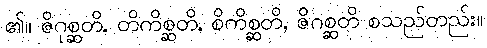
၏။ ဇိဂုစ္ဆတိ, တိကိစ္ဆတိ, စိကိစ္ဆတိ, ဇိဂစ္ဆတိ စသည်တည်း။